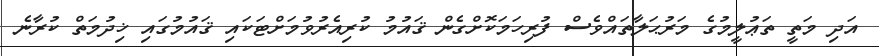
އަދި މަތީ ތަޢުލީމުގެ މަރުޙަލާތައްވެސް ފުރިހަމަކޮށްގެން ޤައުމު ކުރިއެރުވުމަށްޓަކައި ޤައުމުގައި ޚިދުމަތް ކުރާނެ